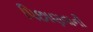
પિછાણવાની